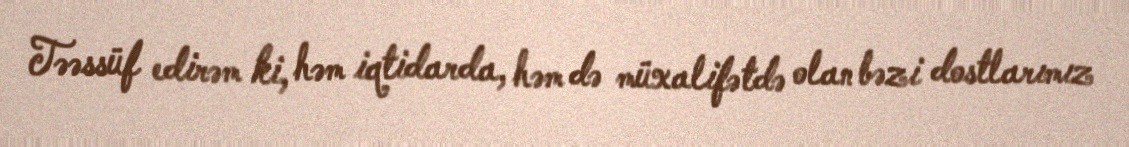
Təəssüf edirəm ki, həm iqtidarda, həm də müxalifətdə olan bəzi dostlarımız